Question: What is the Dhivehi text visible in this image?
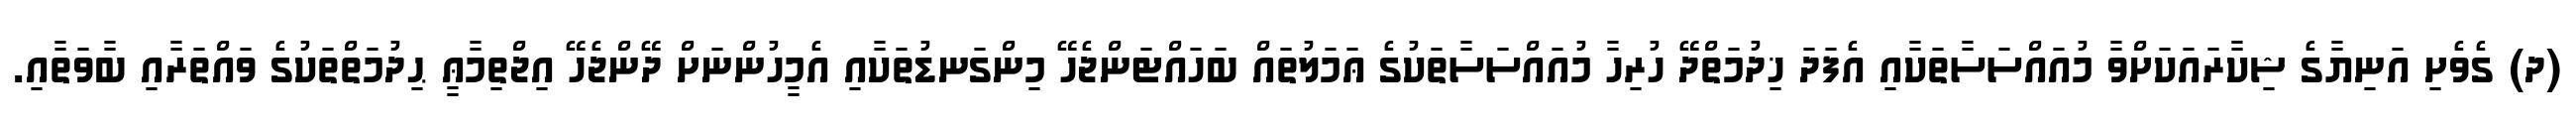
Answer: (ދ) ގެވެށި އަނިޔާގެ ޝިކާރައަކަށްވާ މުއައްސަސާތަކާއި އެފަދަ ޚިދުމަތްދޭ ހުރިހާ މުއައްސަސާތަކުގެ ޢަމަލުތައް ބަހައްޓަންޖެހޭ މިންގަނޑުތަކާއި އެމީހުންނަށް ދޭންޖެހޭ އިޖްތިމާޢީ ޙިދުމަތްތަކުގެ ވައްތަރާއި ބާވަތާއި.